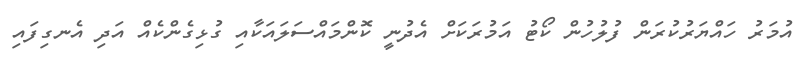
އުމަރު ހައްޔަރުކުރަން ފުލުހުން ކޯޓު އަމުރަކަށް އެދުނީ ކޮންމައްސަލައަކާއި ގުޅިގެންކެއް އަދި އެނގިފައި